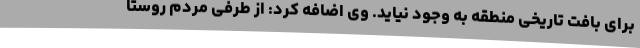
برای بافت تاریخی منطقه به وجود نیاید. وی اضافه کرد: از طرفی مردم روستا